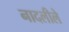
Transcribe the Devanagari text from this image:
नादलीले